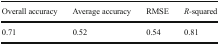
<table><thead><tr><td><b>Overall accuracy</b></td><td><b>Average accuracy</b></td><td><b>RMSE</b></td><td><b><i>R</i>-squared</b></td></tr></thead><tbody><tr><td>0.71</td><td>0.52</td><td>0.54</td><td>0.81</td></tr></tbody></table>